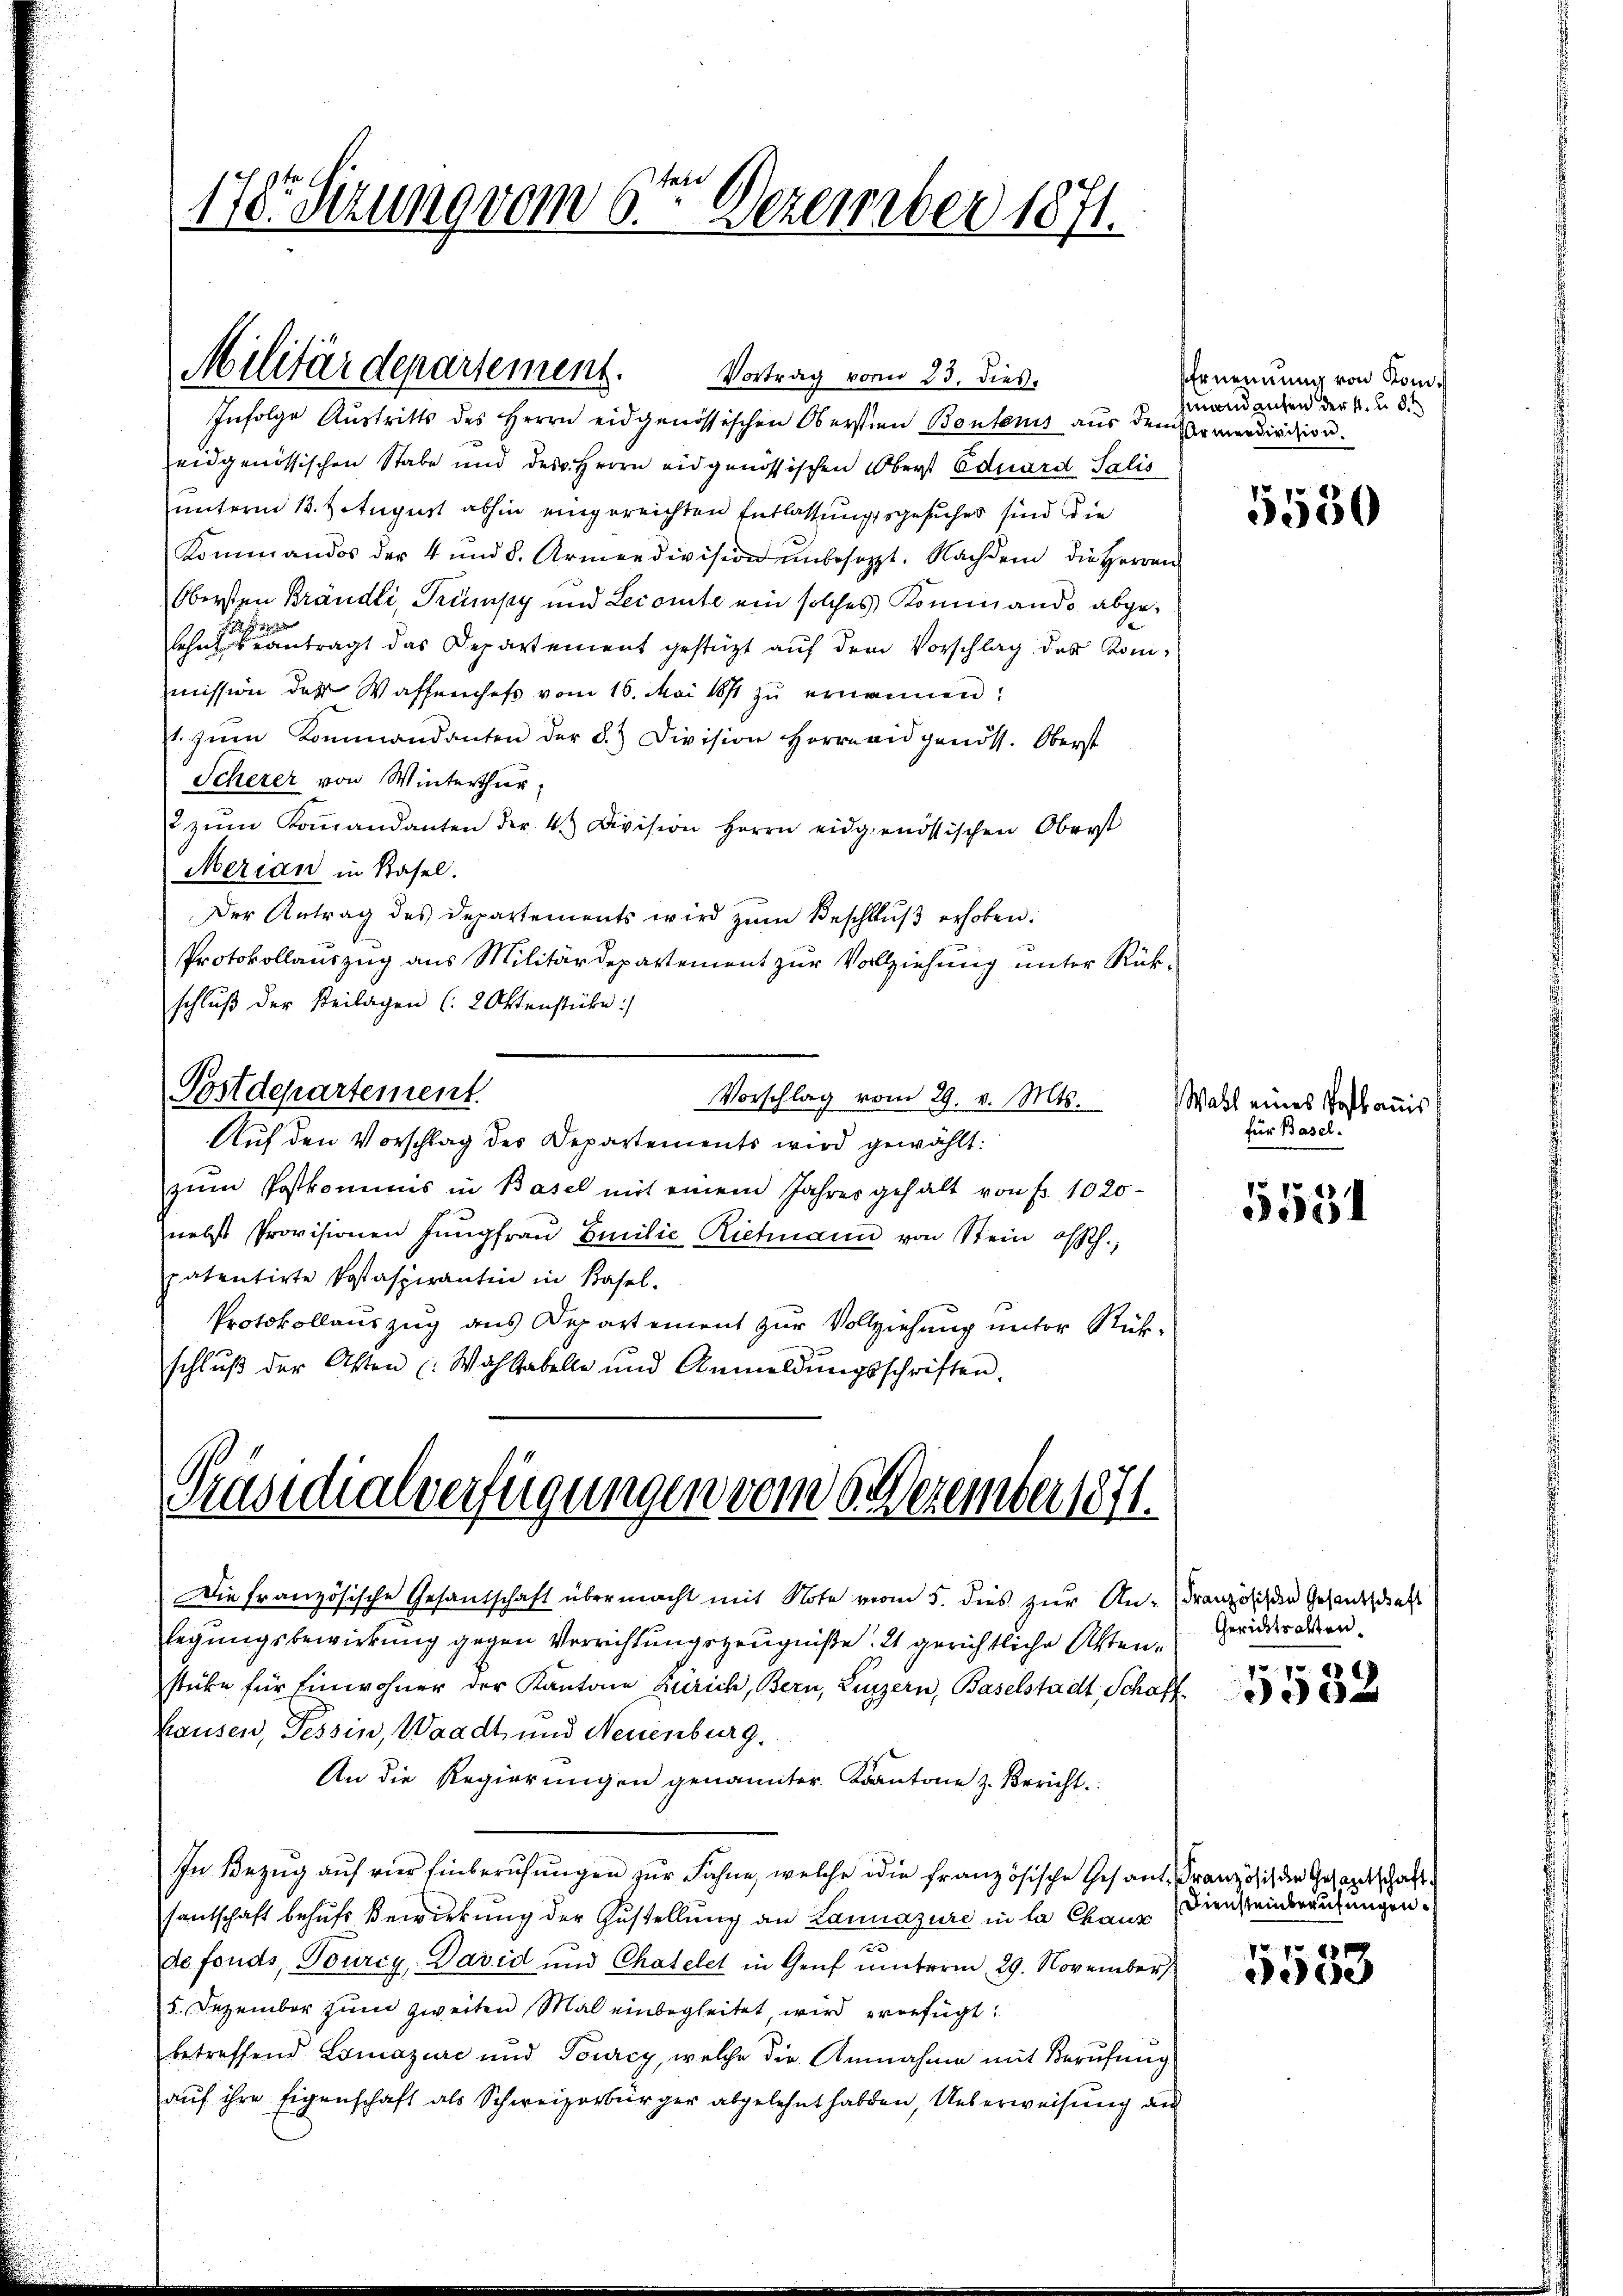
178. Sizung vom 6ten Dezember 1871.

Infolge Austritts des Herrn eidgenössischen Obersten Bontenis aus dem Pomerdivision.
eidgenössischen Stabe und des Herrn eidgenössischen Oberst Eduard Salis
unterm 13. Zetugust abhin eingereichten Entlassungsgesuches sind die
Kommandos der 4 und 8. Armendivision ŭnbesetzt. Nachdem die Herren
Obersten Brändli, Trümpy und Lecomite ein solches Kommando abge¬

lehnt beantragt das Departement gestüzt auf dem Vorschlag des Kommission der Waffenchefs vom 16. Mai 1874 zŭ ernannen:
st. zŭm Kommandanten der §. Division Herrneidgenöss. Oberst
Scherer von Winterthur,
 zŭm Koṁandanten der 4. Division Herrn eidgenössischen Oberst
Merian in Basel.
Der Antrag des Departements wird zŭm Beschlŭβ erhoben:
Protokollauszug aus Militärdepartement zur Vollziehung unter Rükschlŭβ der Beilagen (2 Aktenstücke:/
Postdepartement.
Vorschlag vom 29. v. Mts. Wahl eines Testamms
Auf den Vorschlag des Departements wird gewählt:
zum Postkommnis in Basel mit einem Jahres gehalt von Fr. 1020
nebst Provisionen Jŭngfraŭ Emilie Rietmann von Stein offth.,
patentirte Postaspirantin in Basel.
Protokollauszug aus Departement zur Vollziehung unter Rückschlŭβ der Akten (Wahlabelle und Anmeldŭngsschriften.

Militärdepartement.

Vortrag vom 23. dies

Präsidialverfügungen vom 6. Dezember 1871.

Die französische Gesantschaft übermacht mit Note vom 5. dies zur An-Französichen Gesandtschaft
legungsbewirkung gegen Verrichtungszeugniße. 2 gerichtliche Aktenstube für Einwohner der Kantone Zürich, Bern, Luzern, Baselstadt, Schaffhausen, Tessin, Waadt und Neuenburg.
An die Regierŭngen genannter Kantone z. Bericht.
In Bezug auf vier Einberufungen zur Fahne, welche die französische Gesant, Französich die Gesantschaft
santschaft behufs Bewirkung der Zustellung an Lannajure in la chanz Diensteinberufungen
de fonds, Tourcy,- David und Chatelet in Genf unterm 29. November,
5. Dezember zŭm zweiten Mal einbegleitet wird eroefügt:
betreffend Lomazurc und Tourcy, welche die Annahme mit Berŭfŭng
auf ihre Eigenschaft als Schweizerbürger abgelehnt haben, Ueberweisung aus

Ernennung von Kommandanten der k. u. 8.t

5550

für Basel.

5551

Gerichtsalten.
72. pr.

e

1881
de